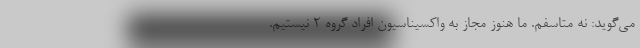
می‌گوید: نه متاسفم. ما هنوز مجاز به واکسیناسیون افراد گروه 2 نیستیم.